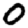
Digit: 0